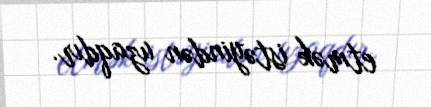
etmək istəyindən uzaqdır.